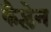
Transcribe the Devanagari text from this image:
कैप्लेन